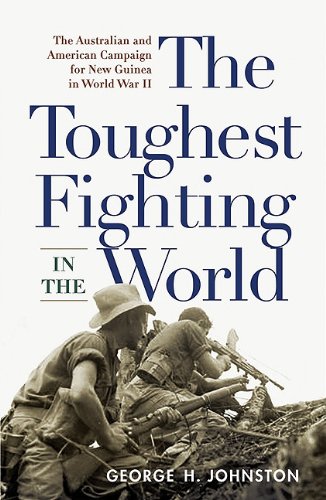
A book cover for The Toughest Fighting in the World: The Australian and American Campaign for New Guinea in World War II; George H. Johnston; History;